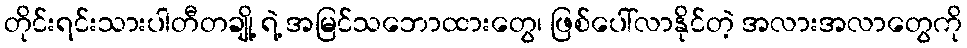
တိုင်းရင်းသားပါတီတချို့ ရဲ့ အမြင်သဘောထားတွေ၊ ဖြစ်ပေါ်လာနိုင်တဲ့ အလားအလာတွေကို